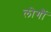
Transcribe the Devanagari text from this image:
लोगौं